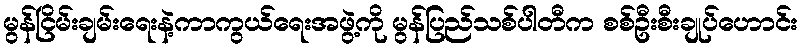
မွန်ငြိမ်းချမ်းရေးနဲ့ကာကွယ်ရေးအဖွဲ့ကို မွန်ပြည်သစ်ပါတီက စစ်ဦးစီးချုပ်ဟောင်း